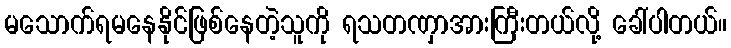
မသောက်ရမနေနိုင်ဖြစ်နေတဲ့သူကို ရသတဏှာအားကြီးတယ်လို့ ခေါ်ပါတယ်။